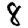
Digit: 8